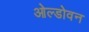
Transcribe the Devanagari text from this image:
ओल्डोवन